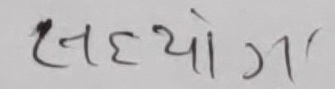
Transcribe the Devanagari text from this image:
सेलब्योग